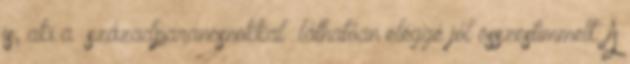
is, aki a “századparancsnokkal” láthatóan eléggé jól összestimmelt. A